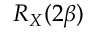
R _ { X } ( 2 \beta )